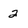
Character: 2